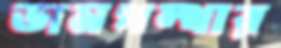
ডানপন্থার